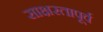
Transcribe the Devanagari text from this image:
साक्षरतापूर्व